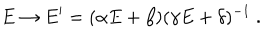
E \rightarrow E ^ { \prime } = ( \alpha E + \beta ) ( \gamma E + \delta ) ^ { - 1 } ~ .